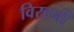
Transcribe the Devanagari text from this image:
विरहनी